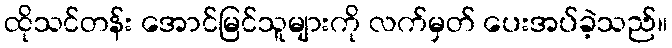
ထိုသင်တန်း အောင်မြင်သူများကို လက်မှတ် ပေးအပ်ခဲ့သည်။